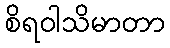
စိရဝါသိမာတာ